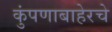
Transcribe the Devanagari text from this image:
कुंपणाबाहेरचे